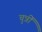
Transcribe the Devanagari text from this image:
चुन्नीं